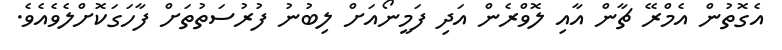
އެގޮތުން އެމްރޭ ޗާން އާއި ލޮވްރެން އަދި ފަމީނޯއަށް ލިބުނު ފުރުސަތުތަށް ފާހަގަކޮށްލެވެއެވެ.